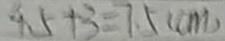
4 . 5 + 3 = 7 . 5 ( c m )